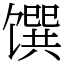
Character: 馔